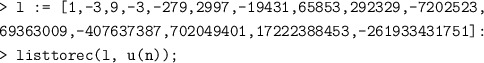
\begin{align*} &\texttt{> l := [1,-3,9,-3,-279,2997,-19431,65853,292329,-7202523,} \\ & \texttt{69363009,-407637387,702049401,17222388453,-261933431751]:}\\ &\texttt{> listtorec(l, u(n));}\end{align*}